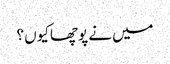
میں نے پوچھا کیوں ؟